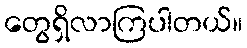
တွေရှိလာကြပါတယ်။